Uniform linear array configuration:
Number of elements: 4
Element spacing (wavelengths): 0.5
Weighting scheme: uniform
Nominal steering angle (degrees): -45
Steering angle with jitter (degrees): -44.85
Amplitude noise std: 0.05
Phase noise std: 0.05

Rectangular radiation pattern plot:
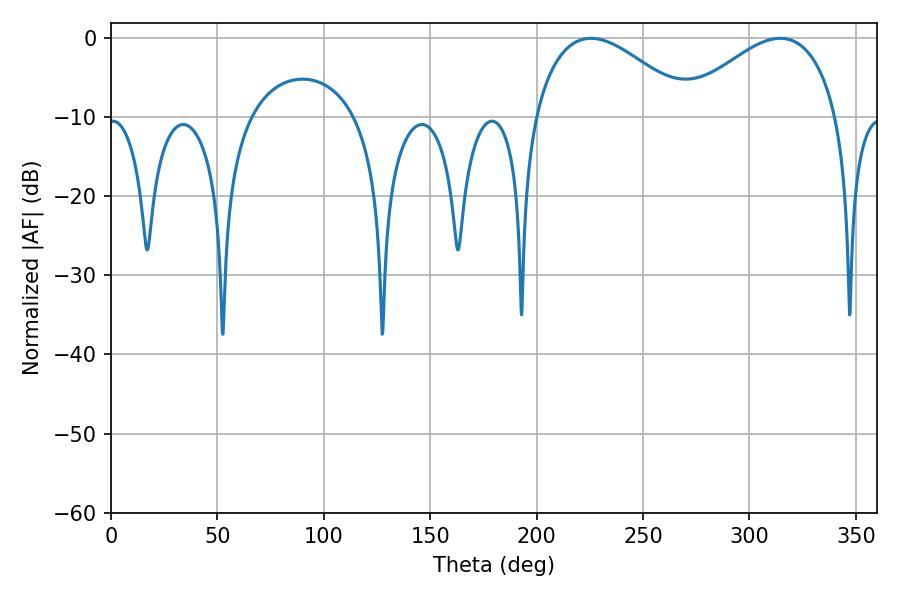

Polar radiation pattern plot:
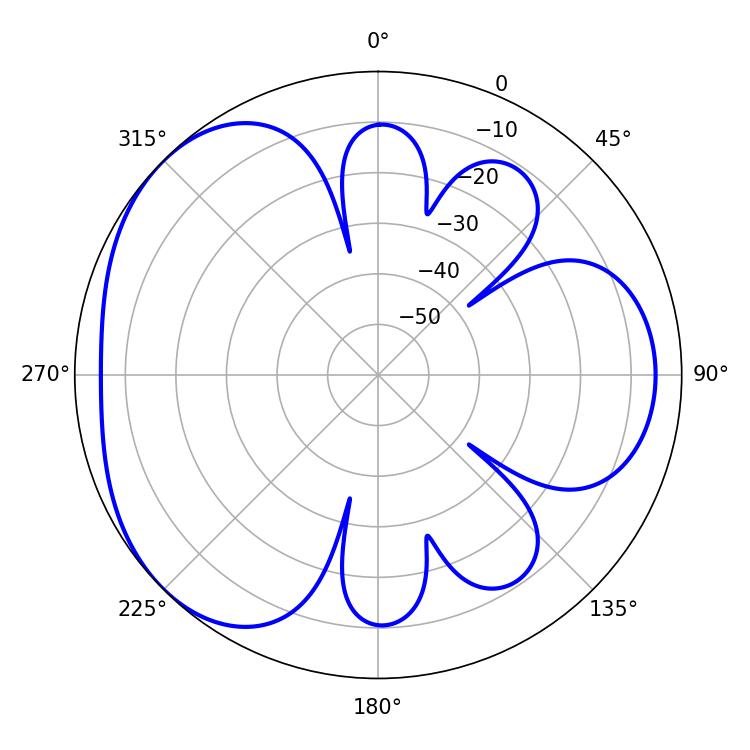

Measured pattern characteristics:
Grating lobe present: FALSE
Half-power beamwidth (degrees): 40.5
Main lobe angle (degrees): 225.54